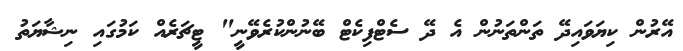
އޭރުން ކިޔަވައިދޭ ތަންތަނުން އެ ދޭ ސެޓްފިކެޓް ބޭނުންކުރެވޭނީ" ޓީޗަރެއް ކަމުގައި ނިޝާޔަތު